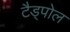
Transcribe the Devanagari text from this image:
टैड्पोल